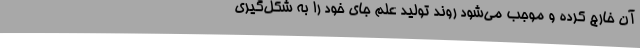
آن خارج کرده و موجب می‌شود روند تولید علم جای خود را به شکل‌گیری